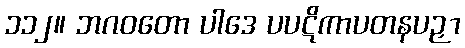
၁၁၂။ ဘဂဝတော ပါဒေ ပပဋိကာပတနပဉှာ